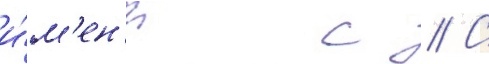
и́м'ен'и с // С